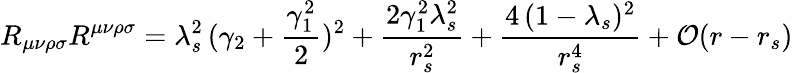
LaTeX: R_{\mu\nu\rho\sigma}R^{\mu\nu\rho\sigma}=\lambda_{s}^{2}\, (\gamma_{2}+\frac{\gamma_{1}^{2}}{2})^{2}+\frac{2\gamma_{1}^{2}\lambda_{s}^{2}}{r_{s}^{2}}+\frac{4\, (1-\lambda_{s})^{2}}{r_{s}^{4}}+{\cal{O}}(r-r_{s})